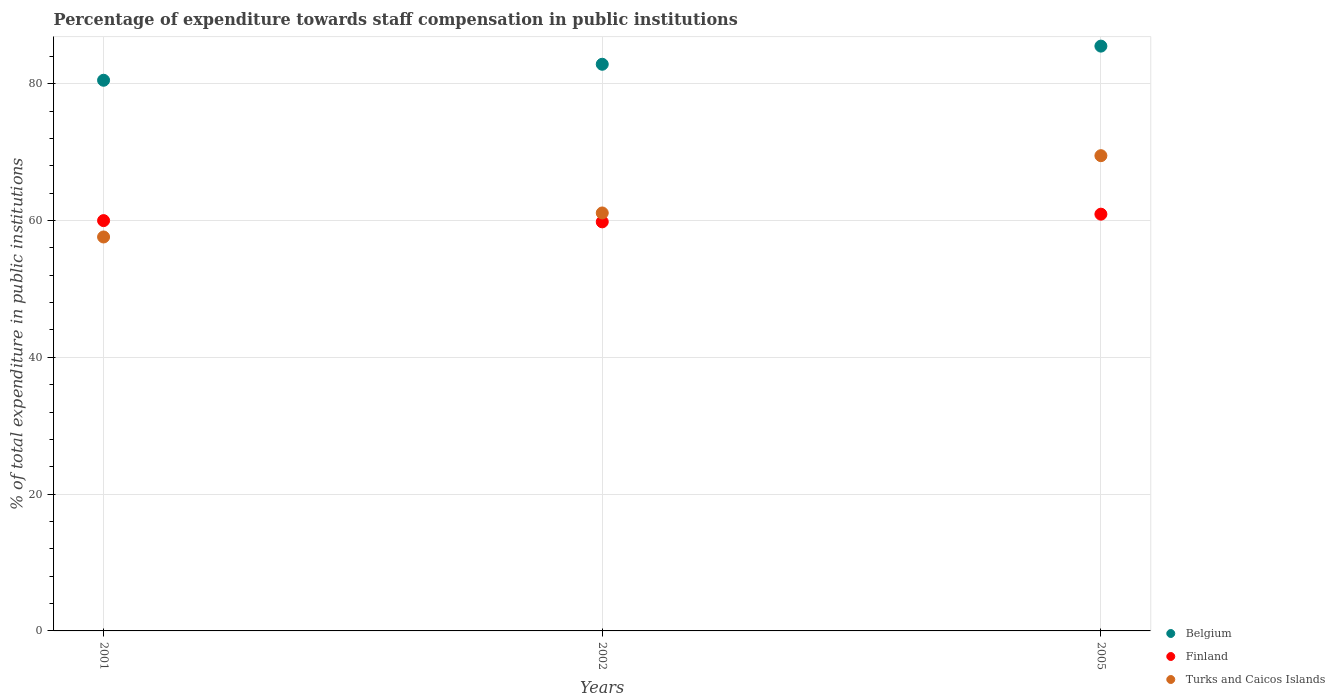
| Years | Belgium | Finland | Turks and Caicos Islands |
 | --- | --- | --- | --- |
 | 2001 | 80.5 | 60 | 57.6 |
 | 2002 | 82.8 | 59.8 | 61.1 |
 | 2005 | 85.5 | 60.9 | 69.5 |